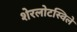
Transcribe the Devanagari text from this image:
शेरलोटस्विले